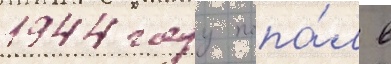
1944 году попа́л в